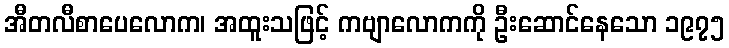
အီတလီစာပေလောက၊ အထူးသဖြင့် ကဗျာလောကကို ဦးဆောင်နေသော ၁၉၇၅